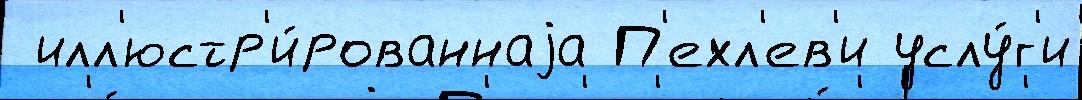
 илл'юстр'и́рованнаjа П'ехл'ев'и услу́г'и